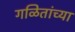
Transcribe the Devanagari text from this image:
गळितांच्या